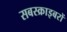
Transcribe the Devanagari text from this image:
सबस्क्राइबरों